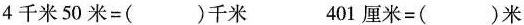
4千米50米=()千米 401厘米=()米